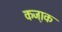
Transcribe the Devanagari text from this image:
कजा़क